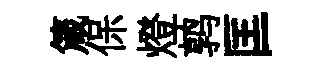
箴保燈鹑匡